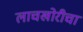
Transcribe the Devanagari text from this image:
लाचखोरीचा